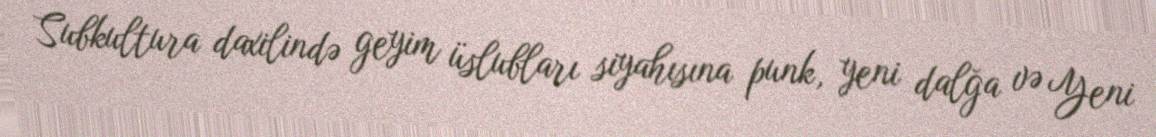
Subkultura daxilində geyim üslubları siyahısına punk, yeni dalğa və Yeni